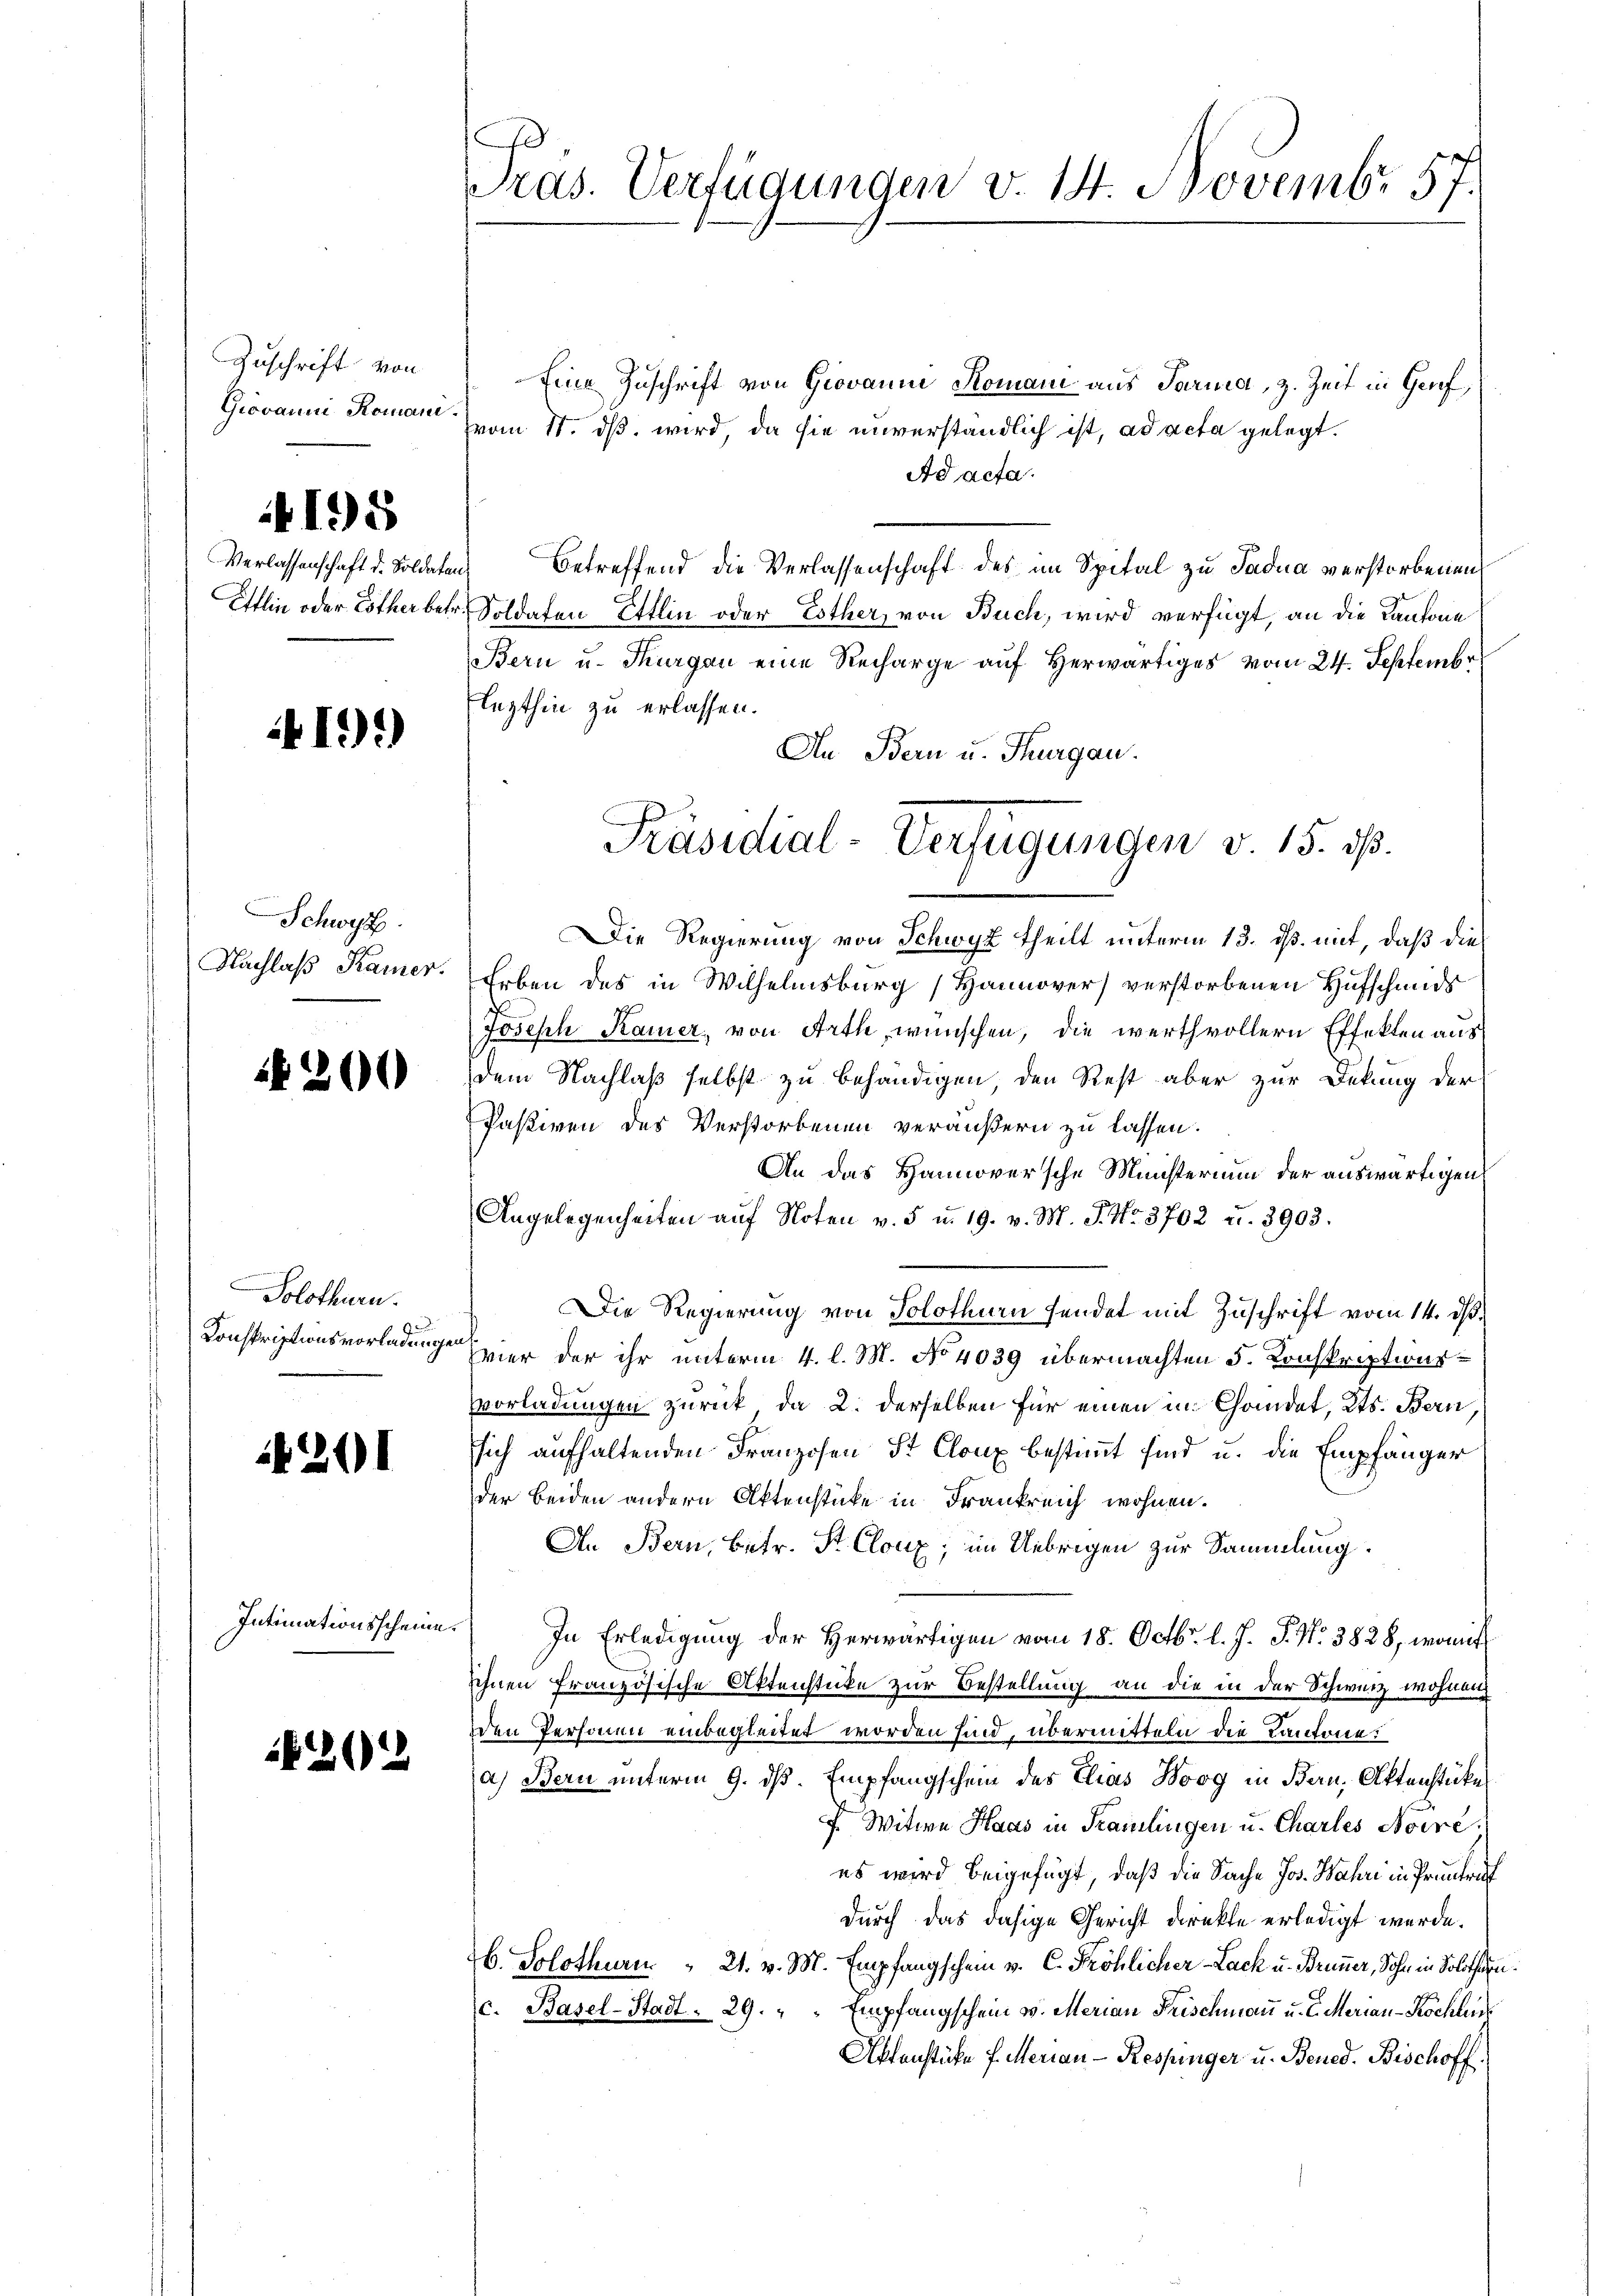
Zuschrift von
Giovanni Komani

195

Verlassenschaft d. Soldaten
Ettlin oder Esther betr.

1)*)

Schwyz.
Nachlaß Kamer.

200

Solothurn.
Konskriptionsvorladungen

4211

Intimationsscheine.

1402

Pras. Verfügungen v. 14 Novembr 57.

Eine Zuschrift von Giovanne Komani aus Paria, z. Zeit in Genf,
vom 11. ds. wird da sie unverständlich ist, ad acta gelegt.
Ad acta.
betreffend die Verlassenschaft des im Spital zu Sadua verstorbenen
Soldaten Ettlin oder Esther, von Buch, wird verfügt, an die Kantone
Bern u. Thurgau eine Recharge auf Herwärtiges vom 24. Septembr
lezthin zu erlassen.
An Bern u. Thurgau.
Die Regierung von Schwyz theilt unterm 13. ds. mit, daß die
Erben des in Wilhelmsburg (Hannover) verstorbenen Hufscheids
Joseph Kamer, von Arth, wünschen, die werthvollern Effekten aus
dem Nachlaß selbst zu behändigen, den Rest aber zur Dekung der
Passiven des Verstorbenen veräußern zu lassen.
An das Hannoversche Ministerium der auswärtigen
Angelegenheiten auf Noten v. 5 u. 19. v. M. J. No. 3702 u. 3903.
Die Regierung von Solothurn sendet mit Zuschrift vom 14. ds.
vier der ihr unterm 4. l. M. No 4039 übermachten 5. Konskriptwur¬
Vorladungen zurück, da 2. derselben für einen in Chandet, Kts. Bern
sich aufhaltenden Franzosen St. Clonx bestimmt sind u. die Empfänger
der Beiden andern Aktenstücke in Frankreich wohnen.
An Bern, betr. St. Cloux; im Uebrigen zur Sammlung.
In Erledigung der Herwärtigen vom 18. Octbr. l. J. P. Nr. 3828, womit
sehnen französische Aktenstücke zur Bestellung an die in der Schweiz wohnen
den Personen einbegleitet worden sind, übermitteln die Kantone.
a) Bern unterm 9. dß. Empfangschein des Elias Boog in Bern, Aktenstücke
f Witwe Haas in Samlingen u. Charles Aoire.
es wird beigefügt, daß die Sache Jos. Jahr in Pruntraf
durch das dasige Gericht direkte erledigt werde.
b. Solothurn " 21. v. M. Empfangschein v. C. Fröhlicher Lack u. Brunner, Sohn in Solothurn
Empfangschein v. Merian Frischmann u. E. Merian-Köchles
c. Basel-Stadt. 29.
Aktenstücke f. Merian - Respinger u. Bened. Bischoff

Präsidial-Verfügungen v. 15. ds.